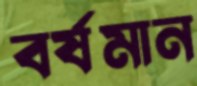
বর্ষমান